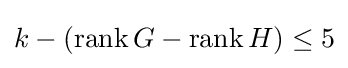
k-(\operatorname {rank} G-\operatorname {rank} H)\leq 5